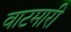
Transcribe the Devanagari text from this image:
वाटमारी